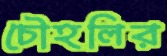
চৌহলির